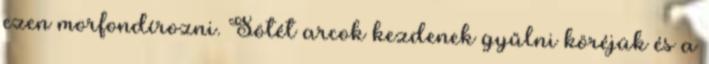
ezen morfondírozni. Sötét arcok kezdenek gyűlni köréjük és a